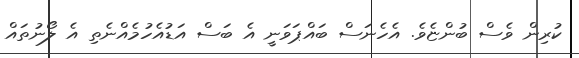
ކުރިން ވެސް ބުންޏެވެ. އެހެނަސް ބައްޕަވަނީ އެ ބަސް އަޑުއެހުމެއްނެތި އެ ލޯނުތައް